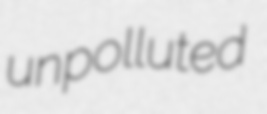
unpolluted